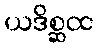
ယဒိစ္ဆထ